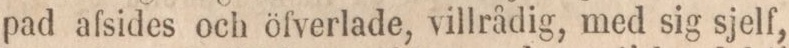
pad afsides och öfverlade, villrådig, med sig sjelf,